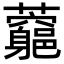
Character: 𧅉